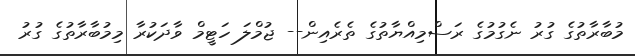
މުބާރާތުގެ ގުރު ނެގުމުގެ ރަސްމިއްޔާތުގެ ތެރެއިން-- ޖުމްލަ ހަޓީމް ވާދަކުރާ މިމުބާރާތުގެ ގުރު